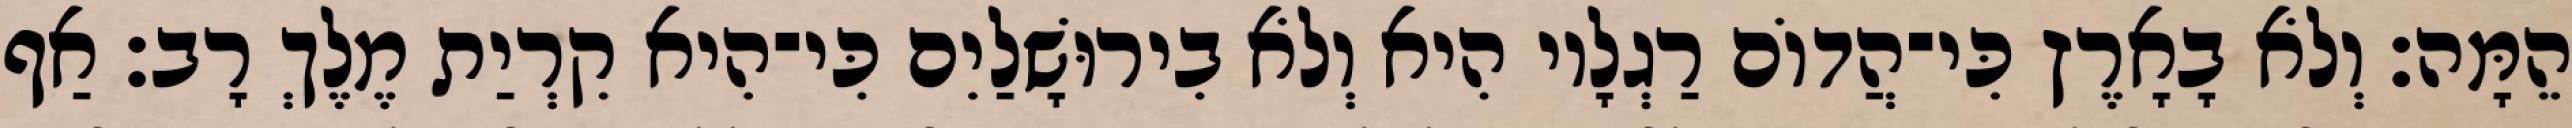
הֵמָּה׃ וְלֹא בָאָרֶץ כִּי־הֲדוֹם רַגְלָיו הִיא וְלֹא בִירוּשָׁלַיִם כִּי־הִיא קִרְיַת מֶלֶךְ רָב׃ אַף